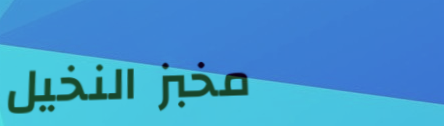
مخبز النخيل